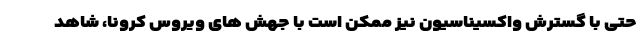
حتی با گسترش واکسیناسیون نیز ممکن است با جهش های ویروس کرونا، شاهد